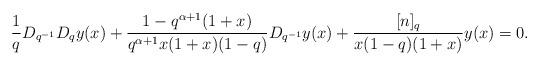
LaTeX: \begin{align*} \frac{1}{q} D_{q^{-1}} D_qy(x)+ \dfrac{ 1-q^{\alpha+1}(1+x)}{q^{\alpha+1}x(1+x)(1-q)}D_{q^{-1}}y(x) + \frac{ [n]_q}{x(1-q)(1+x)} y(x) =0.\end{align*}